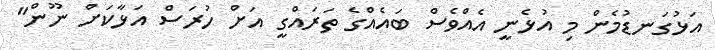
އަޅުގަނޑުމެން މި އުޅެނީ އެއްވެސް ބައެއްގެ ތަރައްގީ އަށް ހުރަސް އަޅާކަށް ނޫން"